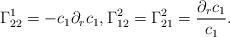
LaTeX: \begin{align*}\Gamma^{1}_{22}=-c_{1}\partial_r c_{1}, \Gamma^{2}_{12}=\Gamma^{2}_{21}=\frac{\partial_r c_{1}}{c_{1}}.\end{align*}